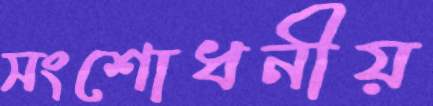
সংশোধনীয়